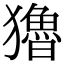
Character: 𤣃